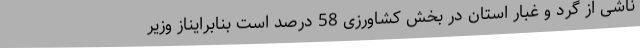
ناشی از گرد و غبار استان در بخش کشاورزی 58 درصد است بنابرایناز وزیر